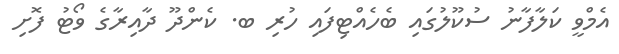
އެމްވީ ކަލާފާނު ސުކޫލުގައި ބެހެއްޓިފައި ހުރި ބ. ކެންދޫ ދާއިރާގެ ވޯޓު ފޮށި